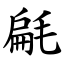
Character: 㲢